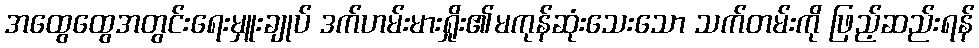
အထွေထွေအတွင်းရေးမှူးချုပ် ဒက်ဟမ်းမားရှိုး၏မကုန်ဆုံးသေးသော သက်တမ်းကို ဖြည့်ဆည်းရန်